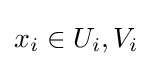
x_{i}\in U_{i},V_{i}